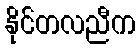
နိုင်တလညီက